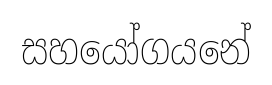
සහයෝගයනේ